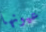
عيونها